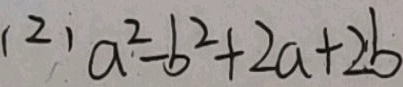
( 2 ) a ^ { 2 } - b ^ { 2 } + 2 a + 2 b